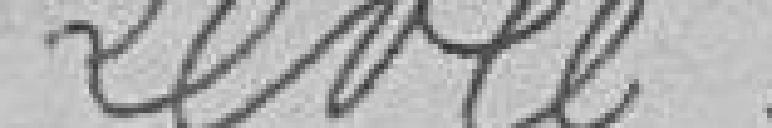
Boîtes de levée